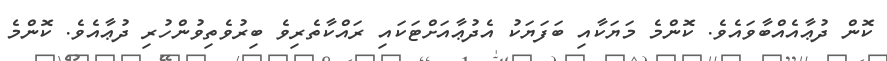
ކޮން ދުޢާއެއްބާވައެވެ. ކޮންމެ މަޔަކާއި ބަފަޔަކު އެދުޢާއަށްޓަކައި ރައްކާތެރިވެ ބިރުވެތިވުންހުރި ދުޢާއެވެ. ކޮންމެ